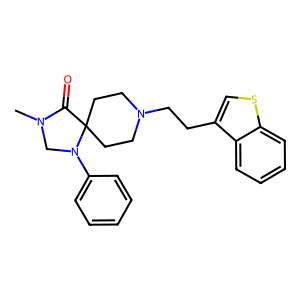
SMILES: CN1CN(c2ccccc2)C2(CCN(CCc3csc4ccccc34)CC2)C1=O
Inhibits HIV replication: No